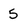
Character: 5